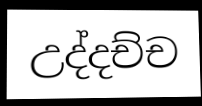
උද්දච්ච